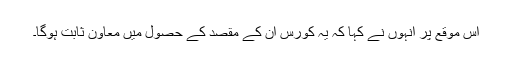
اس موقع پر انہوں نے کہا کہ یہ کورس ان کے مقصد کے حصول میں معاون ثابت ہوگا۔